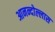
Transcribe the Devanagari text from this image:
आनन्दोल्लास